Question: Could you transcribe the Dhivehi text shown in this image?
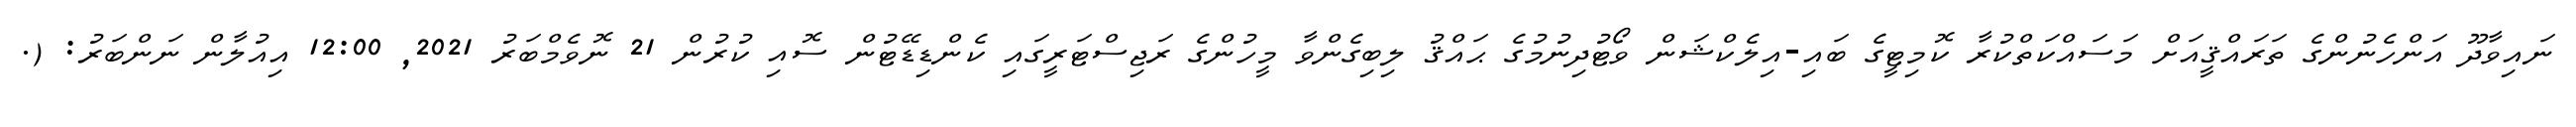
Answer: ނައިވާދޫ އަންހެނުންގެ ތަރައްޤީއަށް މަސައްކަތްކުރާ ކޮމިޓީގެ ބައި-އިލެކްޝަން ވޯޓުދިނުމުގެ ޙައްޤު ލިބިގެންވާ މީހުންގެ ރަޖިސްޓަރީގައި ކެންޑިޑޭޓުން ސޮއި ކުރުން 21 ނޮވެމްބަރު 2021, 12:00 އިއުލާން ނަންބަރު: (.